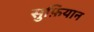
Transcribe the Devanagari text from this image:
सुफ़ियान